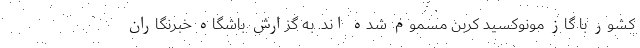
کشور با گاز مونوکسید کربن مسموم شده اند. به گزارش باشگاه خبرنگاران